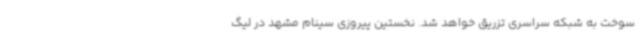
سوخت به شبکه سراسری تزریق خواهد شد. نخستین پیروزی سینام مشهد در لیگ